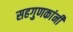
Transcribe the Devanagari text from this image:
सहगुणकांनी